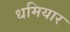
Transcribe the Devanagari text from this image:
धमियार